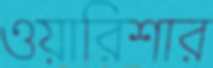
ওয়ারিশার